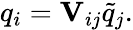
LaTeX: q_{i}=\mathbf{V}_{ij}\tilde{q}_{j}.